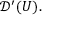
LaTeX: { \mathcal { D } } ^ { \prime } ( U ) .